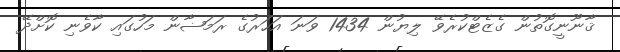
ޤާނޫނީގޮތުން ގެޒެޓްކުރެވޭ ލިޔުން 1434 ވަނަ އަހަރުގެ ރަމަޟާން މަހުގައި ކާވެނި ކޮށްދޭ